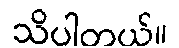
သိပါတယ်။